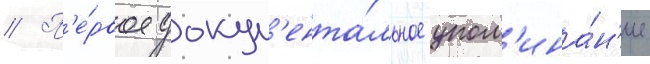
// П'е́рвое докум'ента́льное упом'ина́н'ие